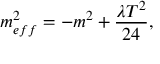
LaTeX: m _ { e f f } ^ { 2 } = - m ^ { 2 } + \frac { \lambda T ^ { 2 } } { 2 4 } ,